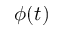
\phi ( t )